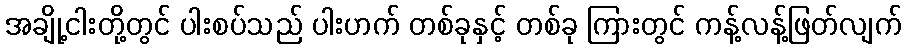
အချို့ငါးတို့တွင် ပါးစပ်သည် ပါးဟက် တစ်ခုနှင့် တစ်ခု ကြားတွင် ကန့်လန့်ဖြတ်လျက်